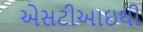
એસટીઆઇથી